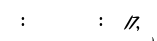
:       :  17